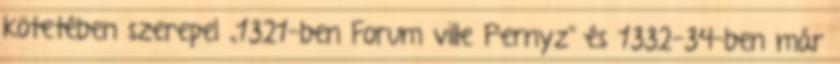
kötetében szerepel „1321-ben Forum ville Pernyz" és 1332-34-ben már